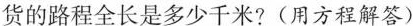
货的路程全长是多少千米?(用方程解答)